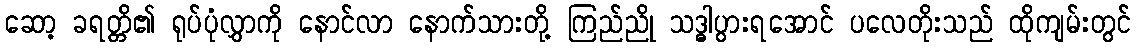
ဆော့ ခရတ္တိ၏ ရုပ်ပုံလွှာကို နောင်လာ နောက်သားတို့ ကြည်ညို သဒ္ဓါပွားရအောင် ပလေတိုးသည် ထိုကျမ်းတွင်